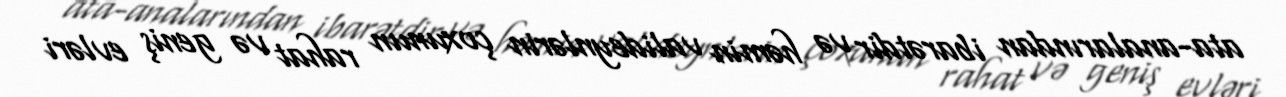
ata-analarından ibarətdir və həmin valideynlərin çoxunun rahat və geniş evləri